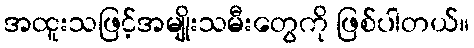
အထူးသဖြင့်အမျိုးသမီးတွေကို ဖြစ်ပါတယ်။